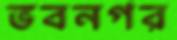
ভবনগর